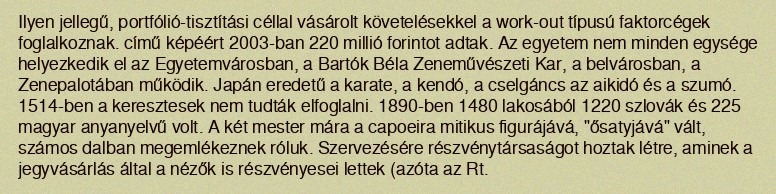
Ilyen jellegű, portfólió-tisztítási céllal vásárolt követelésekkel a work-out típusú faktorcégek foglalkoznak. című képéért 2003-ban 220 millió forintot adtak. Az egyetem nem minden egysége helyezkedik el az Egyetemvárosban, a Bartók Béla Zeneművészeti Kar, a belvárosban, a Zenepalotában működik. Japán eredetű a karate, a kendó, a cselgáncs az aikidó és a szumó. 1514-ben a keresztesek nem tudták elfoglalni. 1890-ben 1480 lakosából 1220 szlovák és 225 magyar anyanyelvű volt. A két mester mára a capoeira mitikus figurájává, "ősatyjává" vált, számos dalban megemlékeznek róluk. Szervezésére részvénytársaságot hoztak létre, aminek a jegyvásárlás által a nézők is részvényesei lettek (azóta az Rt.